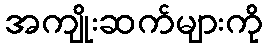
အကျိုးဆက်များကို